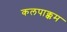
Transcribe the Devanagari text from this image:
कलपाक्कम